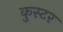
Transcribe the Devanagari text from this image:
कुस्टर